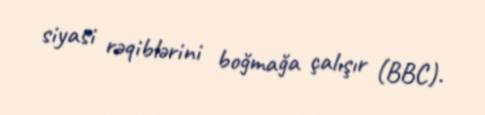
siyasi rəqiblərini boğmağa çalışır (BBC).